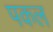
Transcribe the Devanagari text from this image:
पकल